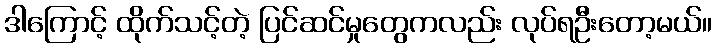
ဒါကြောင့် ထိုက်သင့်တဲ့ ပြင်ဆင်မှုတွေကလည်း လုပ်ရဦးတော့မယ်။